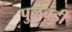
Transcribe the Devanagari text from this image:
पुलंबडी